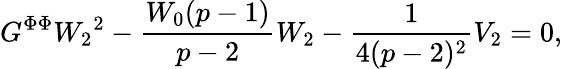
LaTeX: G^{\Phi\Phi}{W_{2}}^{2}-\frac{W_{0}(p-1)}{p-2}W_{2}-\frac{1}{4(p-2)^{2}}V_{2}=0,